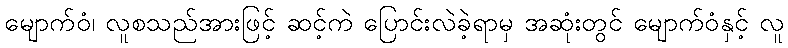
မျောက်ဝံ၊ လူစသည်အားဖြင့် ဆင့်ကဲ ပြောင်းလဲခဲ့ရာမှ အဆုံးတွင် မျောက်ဝံနှင့် လူ